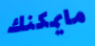
مايمكنك